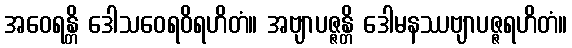
အဝေရန္တိ ဒေါသဝေရဝိရဟိတံ။ အဗျာပဇ္ဇန္တိ ဒေါမနဿဗျာပဇ္ဇရဟိတံ။